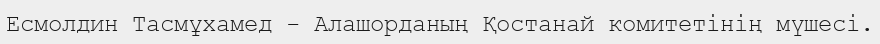
Есмолдин Тасмұхамед - Алашорданың Қостанай комитетінің мүшесі.